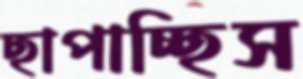
ছাপাচ্ছিস